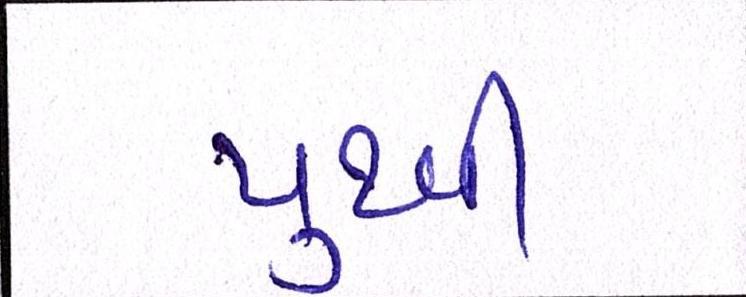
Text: પુથ્વી